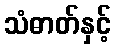
သံဓာတ်နှင့်